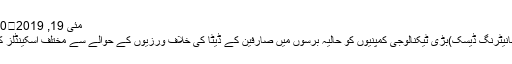
مئی 19, 2019	70 Views
واشنگٹن (مانیٹرنگ ڈیسک)بڑی ٹیکنالوجی کمپنیوں کو حالیہ برسوں میں صارفین کے ڈیٹا کی خلاف ورزیوں کے حوالے سے مختلف اسکینڈلز کا سامنا ہوا۔